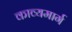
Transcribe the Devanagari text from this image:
काव्यमार्ग